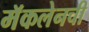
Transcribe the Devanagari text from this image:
मॅकलेनची